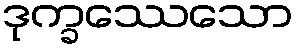
ဒုက္ခဿေသော